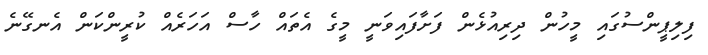
ފިލިޕީންސުގައި މީހުން ދިރިއުޅެން ފަށާފައިވަނީ މީގެ އެތައް ހާސް އަހަރެއް ކުރީންކަން އެނގޭނެ